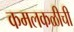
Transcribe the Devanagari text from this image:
कमलकळीची